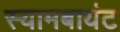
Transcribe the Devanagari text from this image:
स्‍यामबायंट